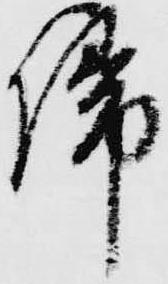
帰